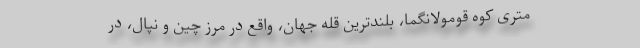
متری کوه قومولانگما، بلندترین قله جهان، واقع در مرز چین و نپال، در